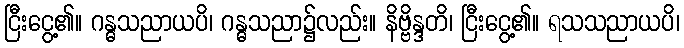
ငြီးငွေ့၏။ ဂန္ဓသညာယပိ၊ ဂန္ဓသညာ၌လည်း။ နိဗ္ဗိန္ဒတိ၊ ငြီးငွေ့၏။ ရသသညာယပိ၊